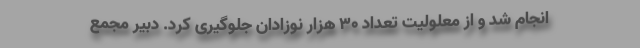
انجام شد و از معلولیت تعداد ۳۰ هزار نوزادان جلوگیری کرد. دبیر مجمع